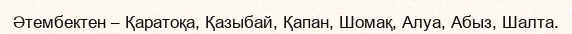
Әтембектен – Қаратоқа, Қазыбай, Қапан, Шомақ, Алуа, Абыз, Шалта.